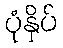
ပုံနှိပ်